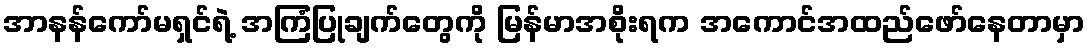
အာနန်ကော်မရှင်ရဲ့ အကြံပြုချက်တွေကို မြန်မာအစိုးရက အကောင်အထည်ဖော်နေတာမှာ